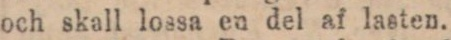
och skall lossa en del af lasten.